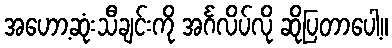
အဟော့ဆုံးသီချင်းကို အင်္ဂလိပ်လို ဆိုပြတာပေါ့။